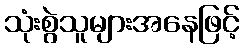
သုံးစွဲသူများအနေဖြင့်